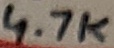
Text: 4.7K